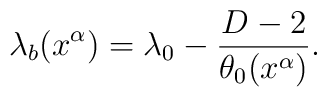
\lambda_{b}(x^\alpha) =\lambda_0 - \frac{D-2}{\theta_0(x^\alpha)}.